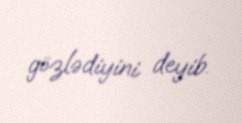
gözlədiyini deyib.